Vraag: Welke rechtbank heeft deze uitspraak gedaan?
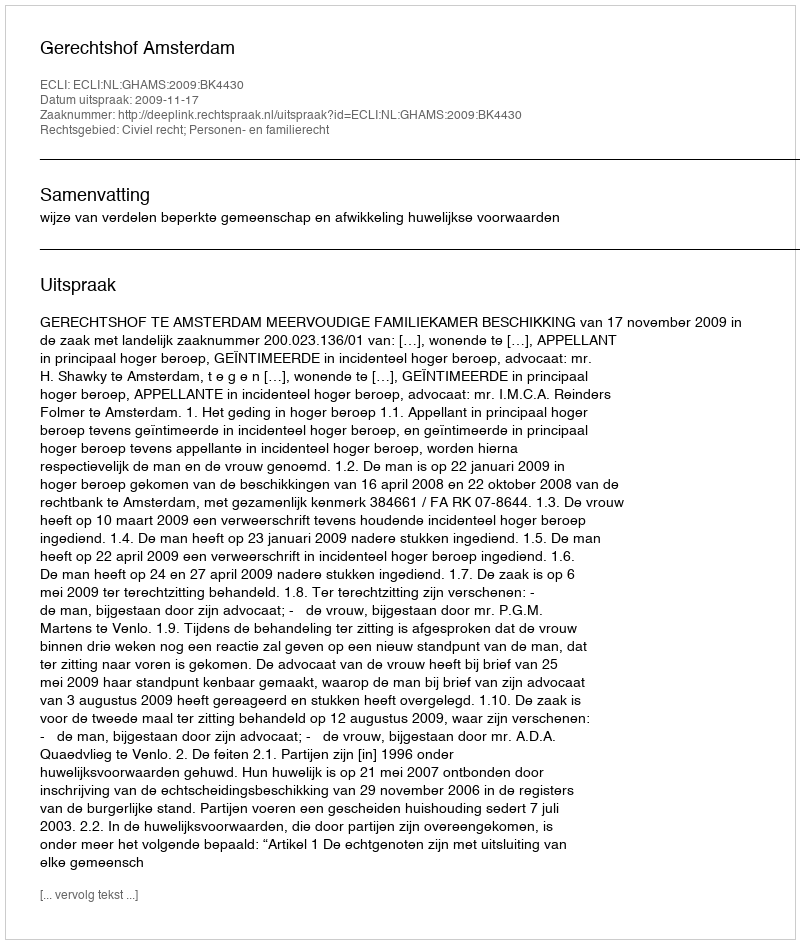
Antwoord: Gerechtshof Amsterdam